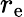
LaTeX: r_{\mathrm{e}}